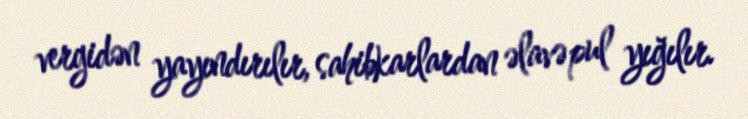
vergidən yayındırılır, sahibkarlardan əlavə pul yığılır.